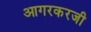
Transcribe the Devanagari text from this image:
आगरकरजी